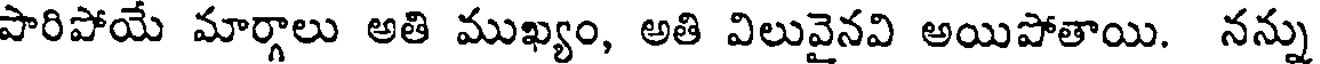
పారిపోయే మార్గాలు అతి ముఖ్యం, అతి విలువైనవి అయిపోతాయి. నన్ను